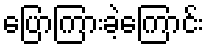
ပြောကြားခဲ့ကြောင်း